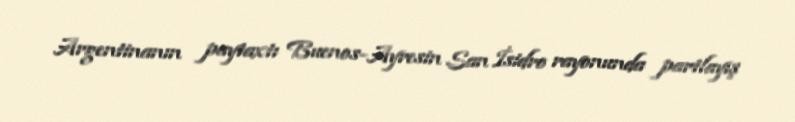
Argentinanın paytaxtı Buenos-Ayresin San İsidro rayonunda partlayış